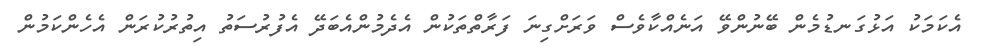
އެކަމަކު އަޅުގަނޑުމެން ބޭނުންވޭ އަނެއްކާވެސް ވަރަށްގިނަ ފަރާތްތަކުން އެދެމުންއެބަދޭ އެފުރުސަތު އިތުރުކުރަން އެހެންކަމުން